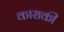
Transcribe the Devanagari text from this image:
काराकी